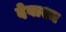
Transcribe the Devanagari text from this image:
देवाश्च